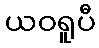
ယဝရူပီ